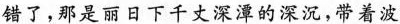
错了，那是丽日下千丈深潭的深沉，带着波